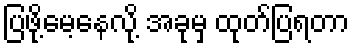
ပြဖို့မေ့နေလို့ အခုမှ ထုတ်ပြရတာ